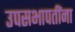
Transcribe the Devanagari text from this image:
उपसभापतींना